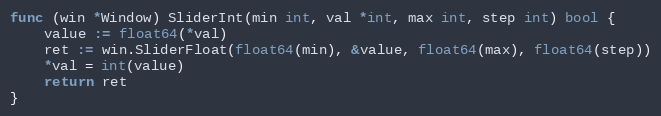
Language: Go
func (win *Window) SliderInt(min int, val *int, max int, step int) bool {
	value := float64(*val)
	ret := win.SliderFloat(float64(min), &value, float64(max), float64(step))
	*val = int(value)
	return ret
}